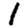
Digit: 1